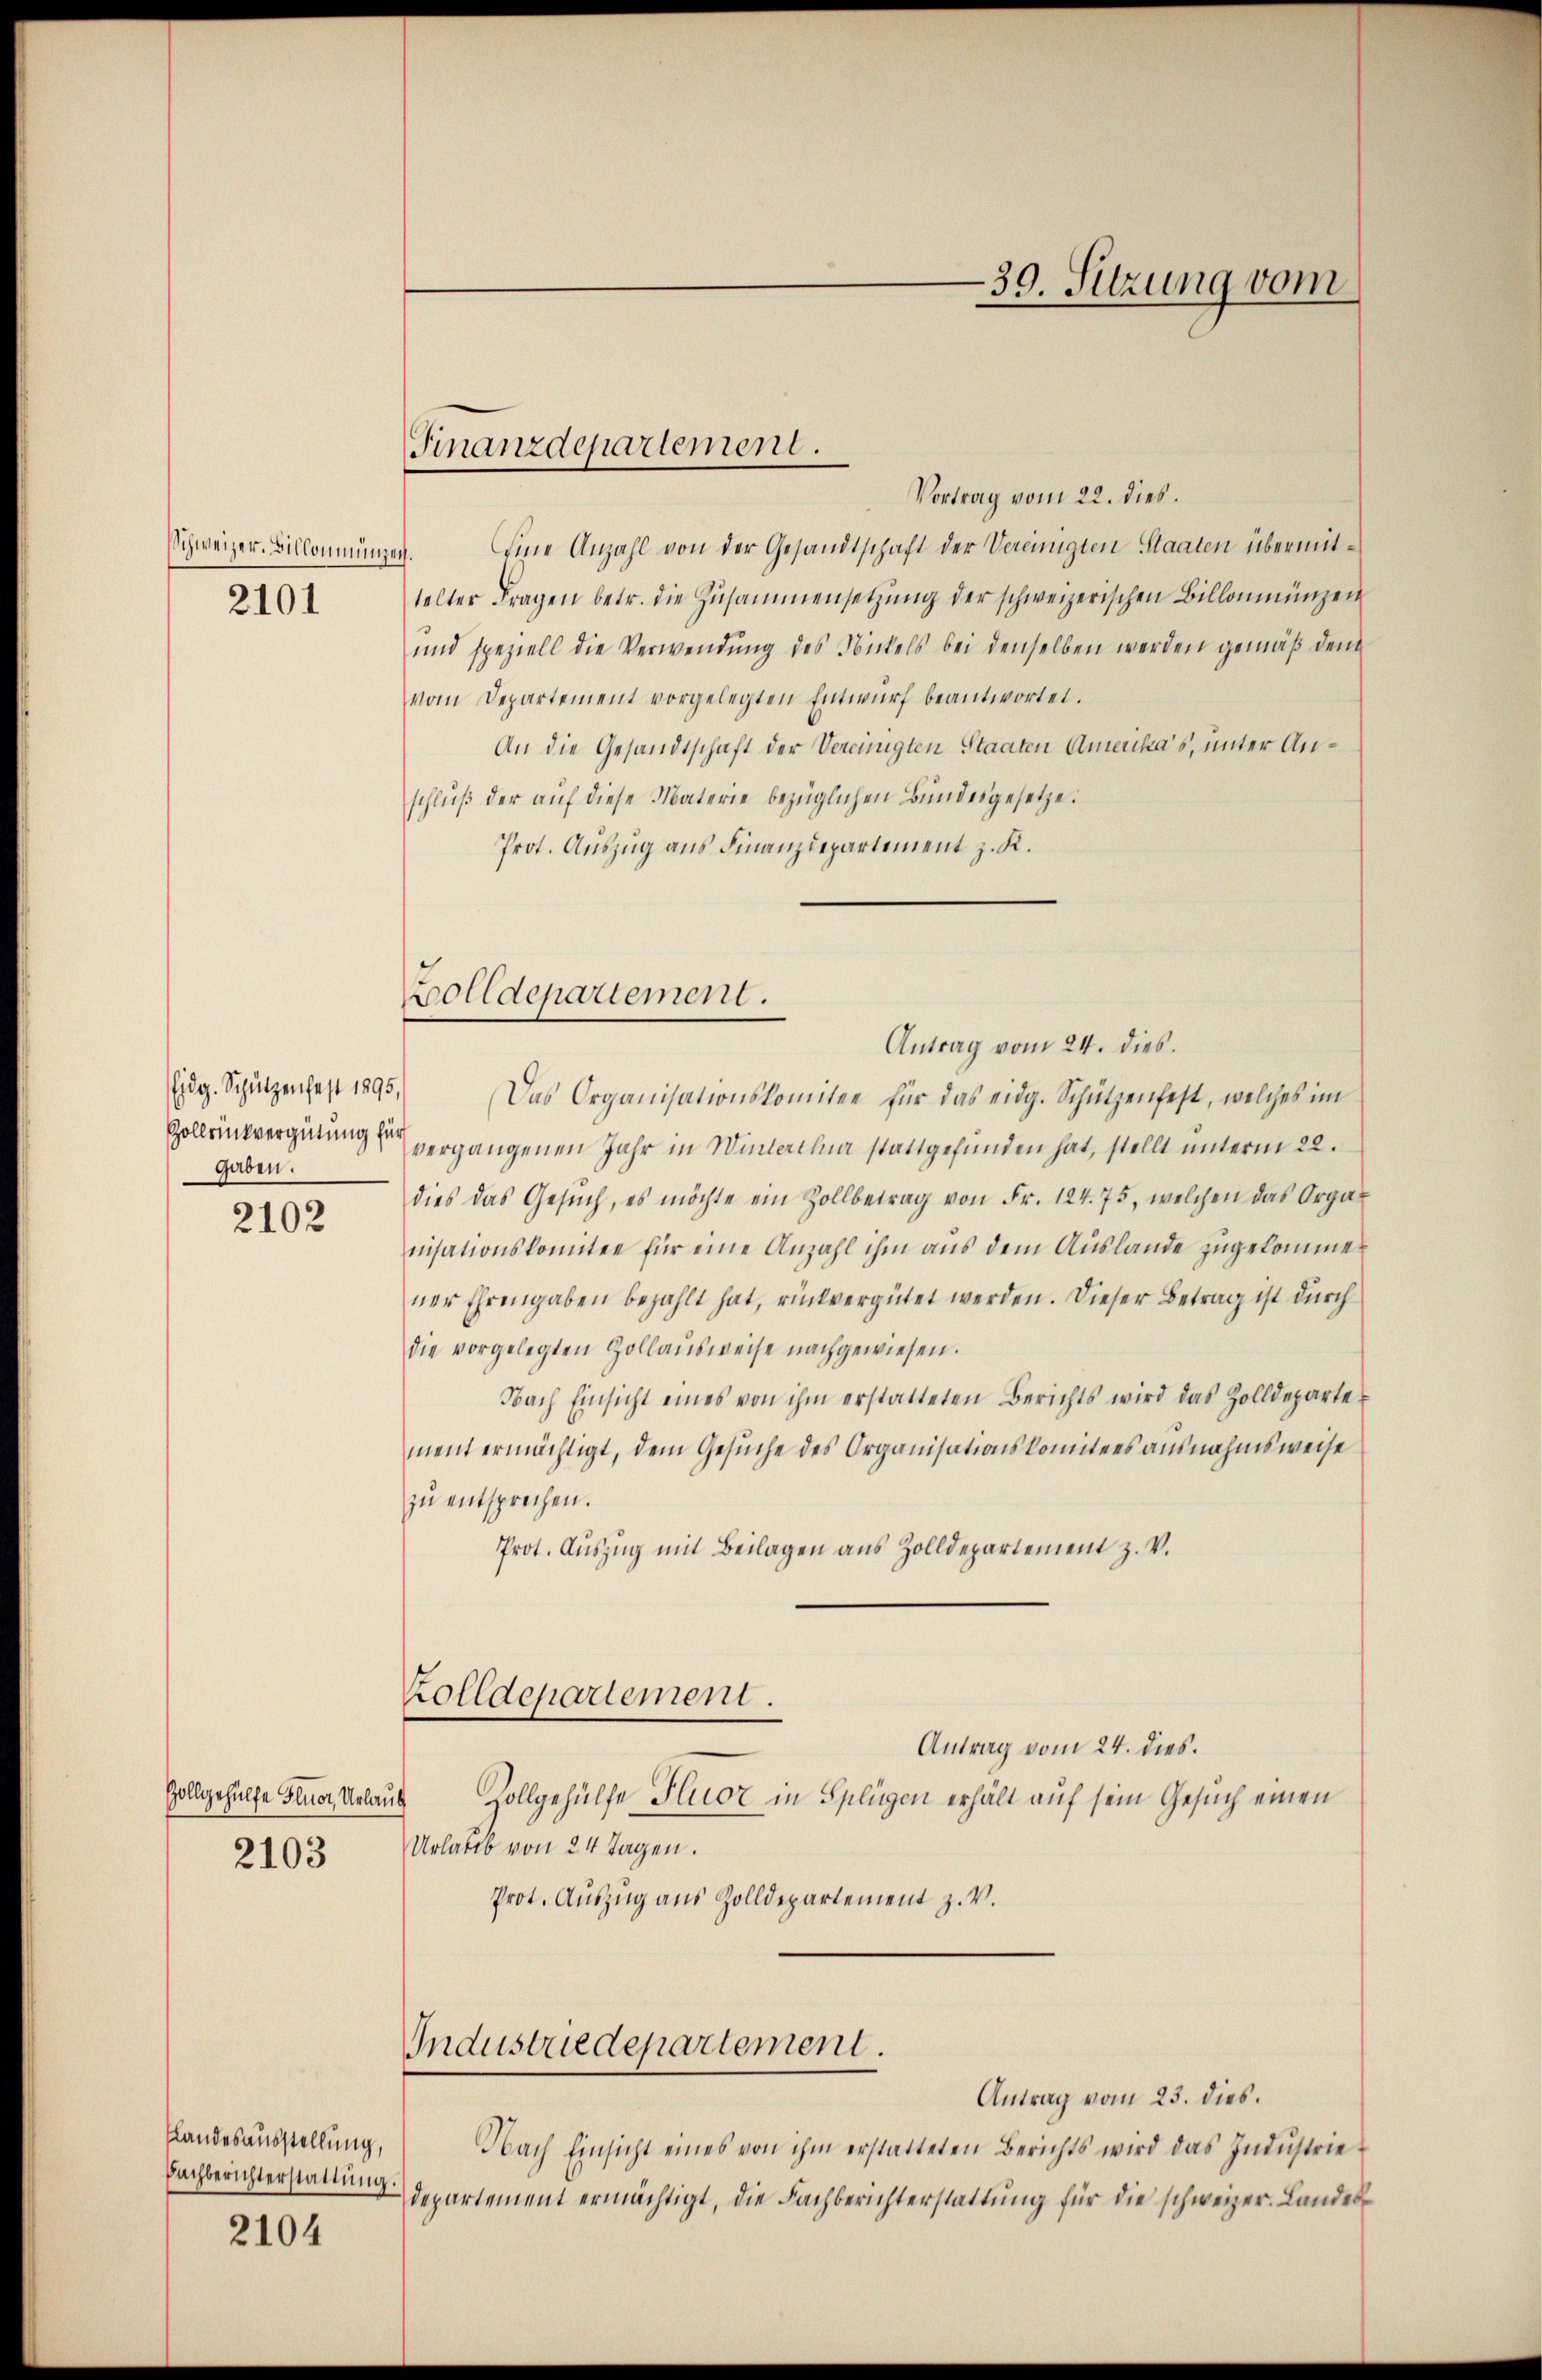
2101

Eidg. Schützenfest 1895,
gaben.

2102

Zollgehülfe Flur, Urlaub

Landesausstellung,
Bachberichterstattung.

2104

Vortrag vom 22. dies.
Schweizer-Billonmungen. Eine Anzahl von der Gesandtschaft der Vereinigten Staaten übermittelter Fragen betr. die Zusammensetzŭng der schweizerischen Billonmünzen
und speziell die Verwendŭng des Nickels bei denselben werden gemäß dem
vom Departement vorgelegten Entwurf beantwortet.
An die Gesandtschaft der Vereinigten Staaten Amerika’s, unter Anschluß der auf diese Materie bezüglichen Bundesgesetze:
Prot. Auszug aus Finanzdepartement z. K.

Finanzdepartement.

Bolldepartement.
Antrag vom 24. dies.

Das Organisationskomitee für das eidg. Schützenfest, welches im
Zollensvergütung vergangenen Jahr in Winterthur stattgefunden hat, stellt unterm 22.
dies das Gesŭch, es möchte ein Zollbetrag von Fr. 124. 75, welchen das Organisationskomitee für eine Anzahl ihm aus dem Auslande zugekommener Ehrengaben bezahlt hat, rückvergütet werden. Dieser Betrag ist durch
die vorgelegten Zollaŭsweise nachgewiesen.
Nach Einsicht eines von ihm erstatteten Berichts wird das Zolldeparte
ment ermächtigt, dem Gesuche des Organisationskomitees ausnahmsweise
zŭ entsprechen.
Prot. Auszug mit Beilagen aus Zolldepartement z. V.
Zolldepartement.
Antrag vom 24. dies.
Zollgehülfe Pluor in Splügen erhält auf sein Gesuch einen
2103 Urlaub von 24 Tagen.
Prot. Auszug aus Zolldepartement z. V.

Industriedepartement.

Antrag vom 23. dies.
Nach Einsicht eines von ihm erstatteten Berichts wird das Indŭstrie-
departement ermächtigt, die Fachberichterstattŭng für die schweizer. Landes

39. Sitzung vom